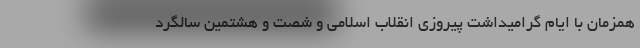
همزمان با ایام گرامیداشت پیروزی انقلاب اسلامی و شصت و هشتمین سالگرد